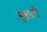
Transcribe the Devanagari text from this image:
सुखाती